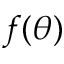
f ( \theta )